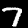
Label: 7